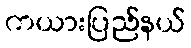
ကယားပြည်နယ်